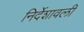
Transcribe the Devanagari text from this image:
निर्देशावली